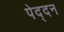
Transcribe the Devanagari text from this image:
पेद्दन